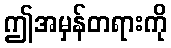
ဤအမှန်တရားကို